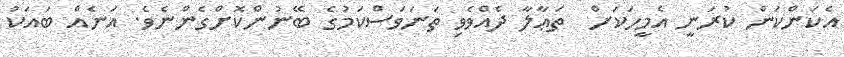
އެކަންކަން ކުރަނީ އެމީހަކަށް  ތަޢާލާ ދެއްވެވި ތަނަވަސްކަމުގެ ބޭނުންކޮށްގެންނެވެ. އަނެއް ބައަކު